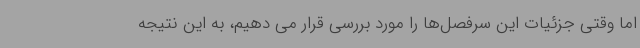
اما وقتی جزئیات این سرفصل‌ها را مورد بررسی قرار می دهیم، به این نتیجه